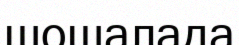
шошалада